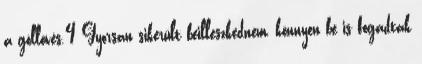
a góllövés.4 Gyorsan sikerült beilleszkednem, könnyen be is fogadtak